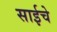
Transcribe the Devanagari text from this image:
साईचे